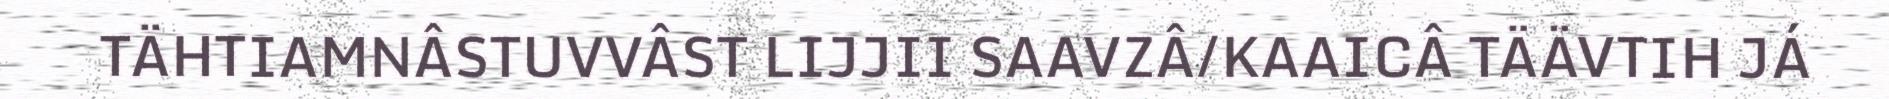
TÄHTIAMNÂSTUVVÂST LIJJII SAAVZÂ/KAAICÂ TÄÄVTIH JÁ